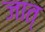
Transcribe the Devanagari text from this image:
जात्